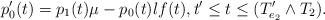
LaTeX: \begin{align*}p_0'(t)=p_1(t)\mu -p_0(t)\l f(t), t' \leq t \leq(T'_{e_2}\wedge T_2). \end{align*}